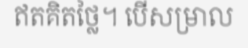
ឥតគិតថ្លៃ។ បើសម្រាល